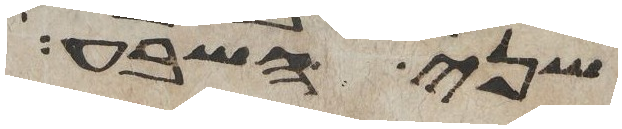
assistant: שני השבע